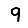
Digit: 9